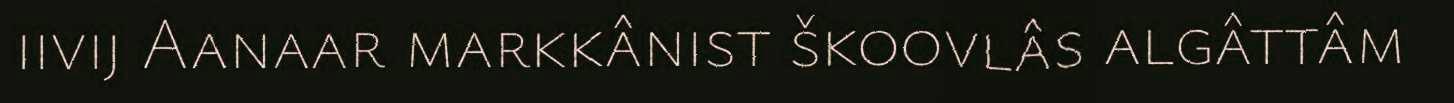
iivij Aanaar markkânist škoovlâs algâttâm